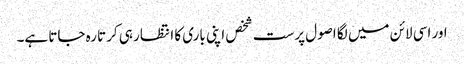
اور اسی لائن میں لگا اصول پرست شخص اپنی باری کا انتظار ہی کرتا رہ جاتا ہے۔